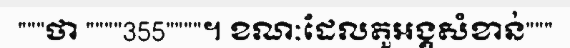
"""ថា """"355""""។ ខណៈដែលតួអង្គសំខាន់"""